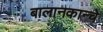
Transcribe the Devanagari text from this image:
बालानकान्चे